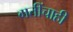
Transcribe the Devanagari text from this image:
गतींचाही